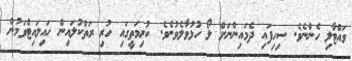
ވައްޓާލި ހެންނެވެ. ސިހިފައި ދެމައިންނަށް ލޯ ހުޅުވާލެވުނެވެ. ކުރިމަތީގައި ހުރި ރަތްކުލައިން ހައިލައިޓްވަމުން